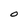
Character: O